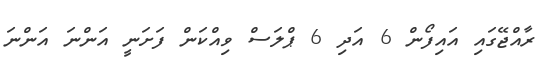
ރާއްޖޭގައި އައިފޯން 6 އަދި 6 ޕްލަސް ވިއްކަން ފަށަނީ އަންނަ އަންނަ